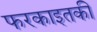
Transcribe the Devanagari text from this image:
फरकाइतकी